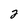
Character: 2